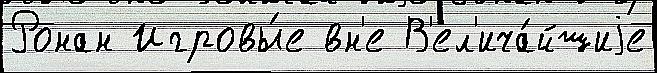
Ронан Игровы́е вн'е В'ел'ича́йшиjе